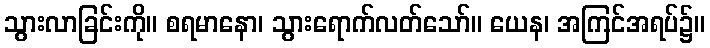
သွားလာခြင်းကို။ စရမာနော၊ သွားရောက်လတ်သော်။ ယေန၊ အကြင်အရပ်၌။